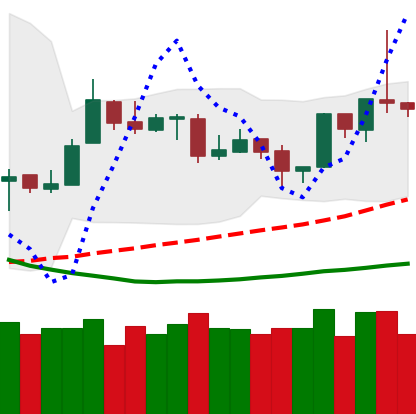
Ticker: ETH-USD
Chart end date: 2019-03-31
Forward return: 16.96%
Label: up_7plus